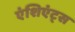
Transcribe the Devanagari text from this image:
एंशिएंट्स